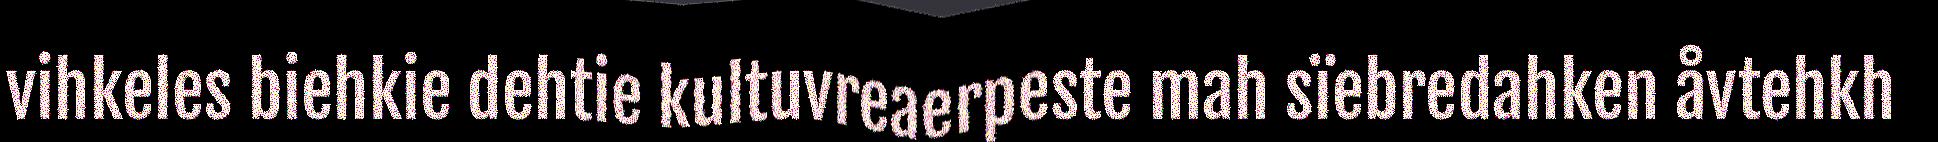
vihkeles biehkie dehtie kultuvreaerpeste mah sïebredahken åvtehkh